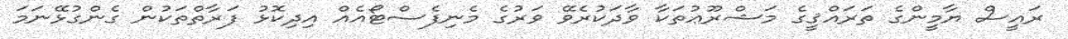
ރައީސް ޔާމީންގެ ތަރައްޤީގެ މަޝްރޫޢުތަކާ ވާދަކުރެވޭ ވަރުގެ މެނިފެސްޓޯއެއް އިދިކޮޅު ފަރާތްތަކުން ގެންގުޅޭނަމަ